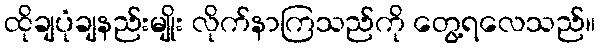
ထိုချပုံချနည်းမျိုး လိုက်နာကြသည်ကို တွေ့ရလေသည်။